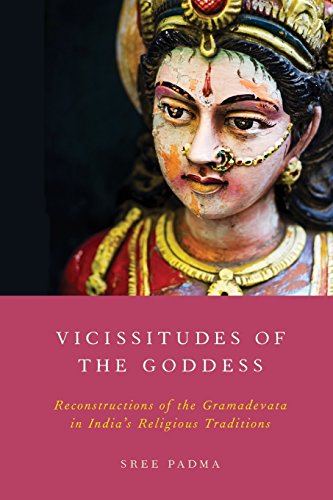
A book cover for Vicissitudes of the Goddess: Reconstructions of the Gramadevata in India's Religious Traditions; Sree Padma; Religion & Spirituality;